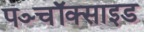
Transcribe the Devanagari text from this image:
पञ्चॉक्साइड